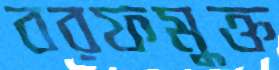
বরফমুক্ত